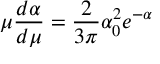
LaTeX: \mu \frac { d \alpha } { d \mu } = \frac { 2 } { 3 \pi } \alpha _ { 0 } ^ { 2 } e ^ { - \alpha }